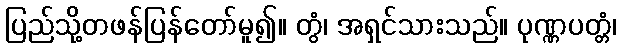
ပြည်သို့တဖန်ပြန်တော်မူ၍။ တွံ၊ အရှင်သားသည်။ ပုဏ္ဏပတ္တံ၊